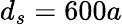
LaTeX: d_{s}=600a